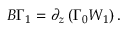
B \Gamma _ { 1 } = \partial _ { z } \left( \Gamma _ { 0 } W _ { 1 } \right) .